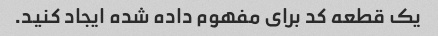
یک قطعه کد برای مفهوم داده شده ایجاد کنید.